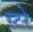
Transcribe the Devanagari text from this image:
स्टरे